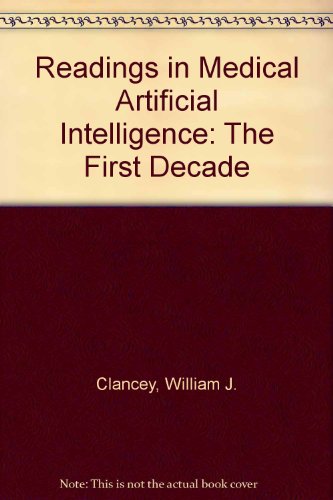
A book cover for Readings in Medical Artificial Intelligence. The First Decade (Addison-Wesley Series in Artificial Intelligence); Medical Books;